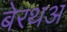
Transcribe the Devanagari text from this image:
बेरथअ